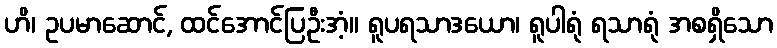
ဟိ၊ ဥပမာဆောင်, ထင်အောင်ပြဦးအံ့။ ရူပရသာဒယော၊ ရူပါရုံ ရသာရုံ အစရှိသော